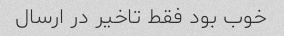
خوب بود فقط تاخیر در ارسال